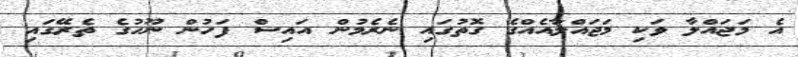
އެ މަޖައްލާ ވަކި މަޖައްލާއެއްގެ ގޮތުގައި ނެރެމުން އައިސް ފަހުން ނޫހުގެ ތެރޭގައި